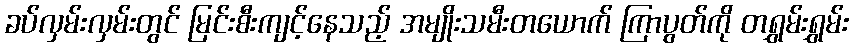
ခပ်လှမ်းလှမ်းတွင် မြင်းစီးကျင့်နေသည့် အမျိုးသမီးတယောက် ကြာပွတ်ကို တရွှမ်းရွှမ်း